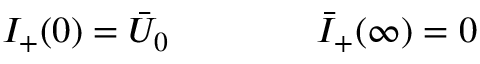
I _ { + } ( 0 ) = \bar { U } _ { 0 } \qquad \qquad \bar { I } _ { + } ( \infty ) = 0